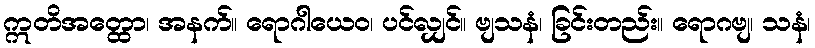
ဣတိအတ္ထော၊ အနက်။ ရောဂါယေဝ၊ ပင်လျှင်။ ဗျသနံ၊ ခြင်းတည်း။ ရောဂဗျ၊ သနံ၊